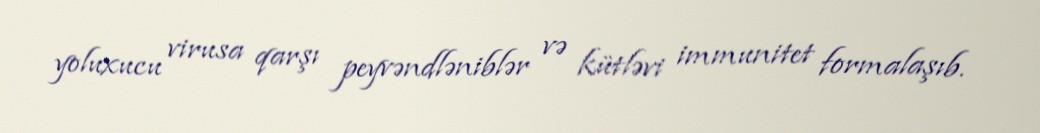
yoluxucu virusa qarşı peyvəndləniblər və kütləvi immunitet formalaşıb.